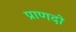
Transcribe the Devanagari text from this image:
प्राणदो